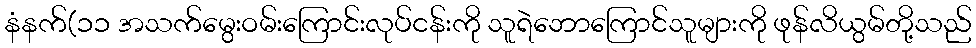
နံနက်(၁၁ အသက်မွေးဝမ်းကြောင်းလုပ်ငန်းကို သူရဲဘောကြောင်သူများကို ဖုန်လိယွမ်တို့သည်